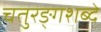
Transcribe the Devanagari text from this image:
चतुरङ्गशब्दे